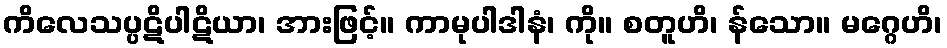
ကိလေသပ္ပဋိပါဋိယာ၊ အားဖြင့်။ ကာမုပါဒါနံ၊ ကို။ စတူဟိ၊ န်သော။ မဂ္ဂေဟိ၊